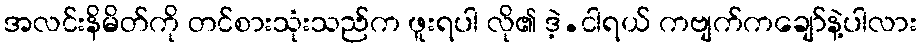
အလင်းနိမိတ်ကို တင်စားသုံးသည်က ဖူးရပါ လို၏ ဒဲ့.ငါရယ် ကဗျက်ကချော်နဲ့ပါလား